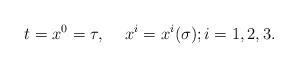
\begin{align*}t=x^0=\tau,\hspace*{5mm}x^i=x^i (\sigma); i=1,2,3.\end{align*}